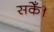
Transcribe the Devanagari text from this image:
सकेँ।